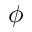
\phi